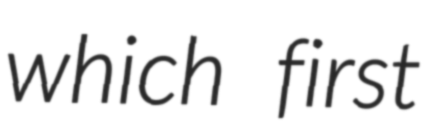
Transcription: which first